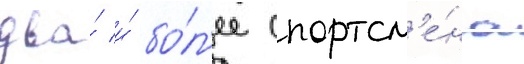
два́ и́ бо́л'ее спортсм'е́на